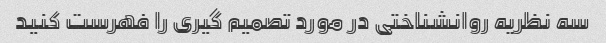
سه نظریه روانشناختی در مورد تصمیم گیری را فهرست کنید